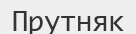
Прутняк